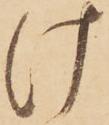
け